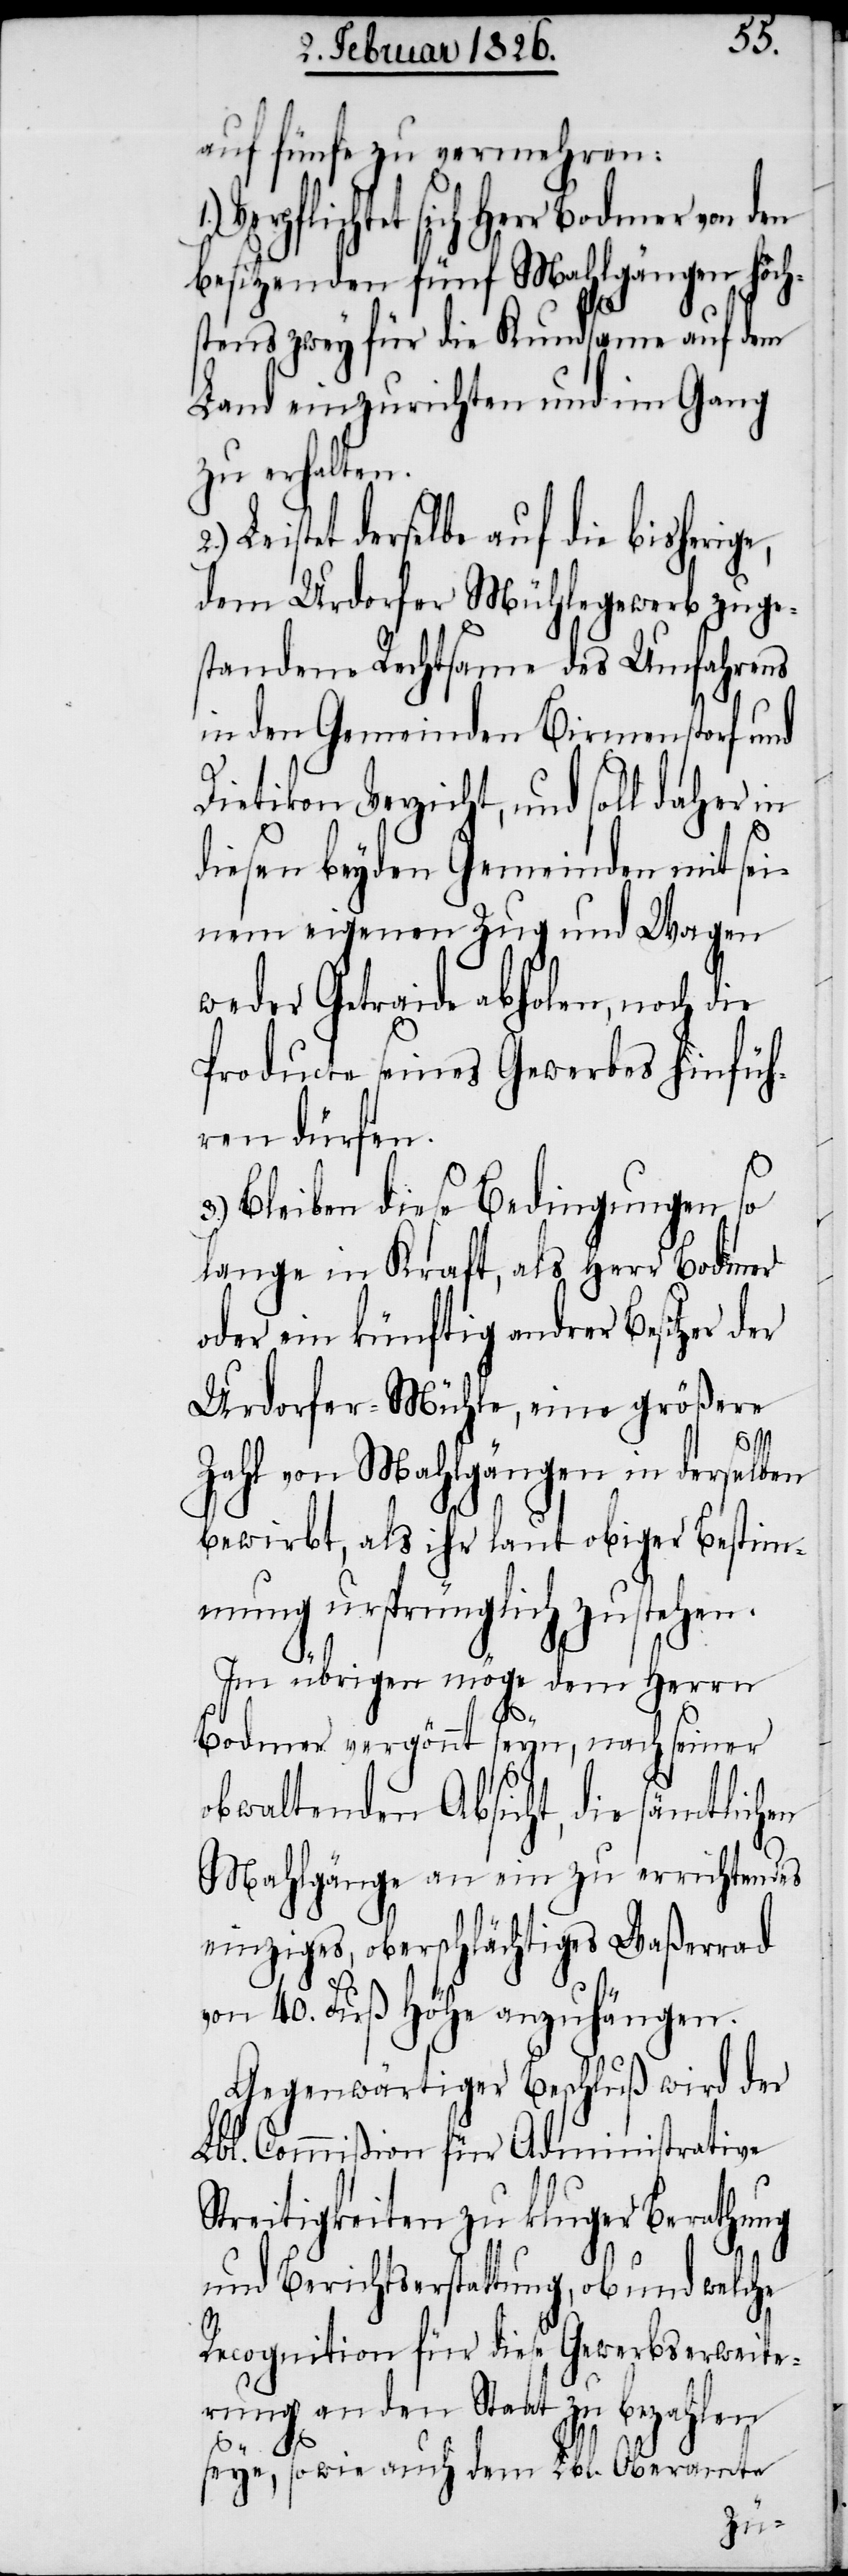
auf fünfe zu vermehren:
sich Herr Bodmer von den
besitzenden fünf Mahlgängen höch¬
stens zwey für die Kundsame auf dem
Land einzurichten und im Gang
zu erhalten.
Leistet derselbe auf die bisherig¬
dem Urdorfer Mühlegewerb zuge¬
standene Rechtsame des Umfahrens
in den Gemeinden Birmenstorf und
Dietikon Verzicht, und soll daher in
diesen beyden Gemeinden mit sei¬
nem eigenen Zug und Wagen
weder Getraide abholen, noch die
Producte seines Gewerbes hinfüh¬
ren dürfen.
Bleiben diese Bedingungen so
lange in Kraft, als Herr Bodmer
oder ein künftig andrer Besitzer der
Urdorfer-Mühle, eine größere
Zahl von Mahlgängen in derselben
bewirbt, als ihr laut obiger Bestim¬
mung ursprünglich zustehen.
Im übrigen möge dem Herrn
Bodmer vergönnt seyn, nach seiner
obwaltenden Absicht, die sämtlichen
Mahlgänge an ein zu errichtendes
einziges, oberschlächtiges Waßerrad
von 40. Fuß Höhe anzuhängen.
Gegenwärtiger Beschluß wird der
Lbl. Commißion für Administrative
Streitigkeiten zu kluger Berathung
und Berichtserstattung, ob und welche
Recognition für diese Gewerbserweite¬
rung an den Staat zu bezahlen
seye, sowie auch dem Lbl. Oberamte
en,